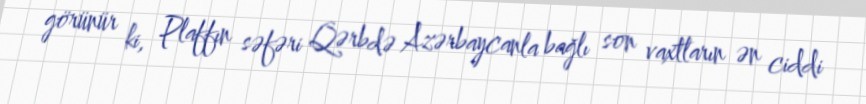
görünür ki, Plaffın səfəri Qərbdə Azərbaycanla bağlı son vaxtların ən ciddi